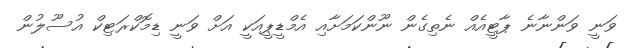
ވަނީ ވަންނާނެ ޕާޓީއެއް ނެތިގެން ނޫންކަމަށާއި އެމްޑީޕީއަކީ އަށް ވަނީ ޑިމޮކްރަޓިކް އުސޫލުން